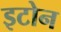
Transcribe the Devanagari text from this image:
इटोन